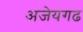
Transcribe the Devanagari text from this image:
अजेयगढ